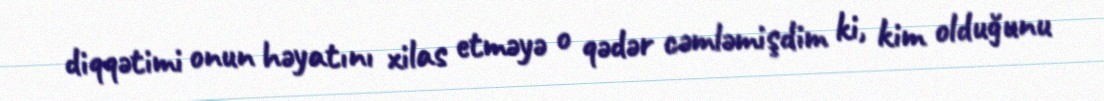
diqqətimi onun həyatını xilas etməyə o qədər cəmləmişdim ki, kim olduğunu